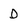
Character: D